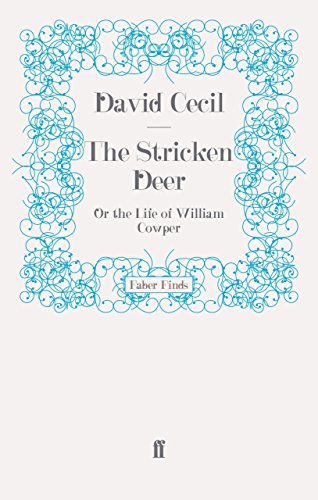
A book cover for The Stricken Deer: Or the Life of William Cowper; David Cecil; Literature & Fiction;